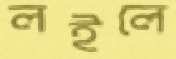
লইলে